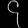
Digit: ၄